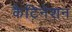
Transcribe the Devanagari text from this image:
कैटिनेशन